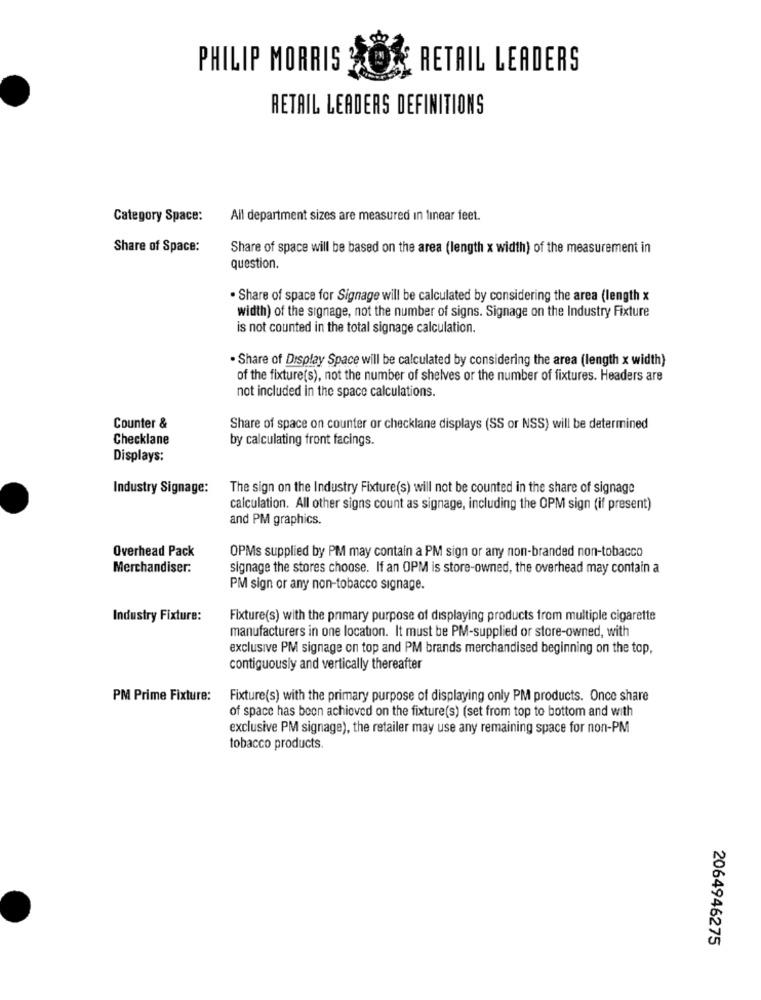
PHILIP MORRIS
RETAIL LEADERS
RETAIL LEADERS DEFINITIONS
Category Space:
All department sizes are measured in linear feet.
Share of Space:
Share of space will be based on the area (length x width) of the measurement in
question.
· Share of space for Signage will be calculated by considering the area (length x
width) of the signage, not the number of signs. Signage on the Industry Fixture
is not counted in the total signage calculation.
. Share of Display Space will be calculated by considering the area (length x width)
of the fixture(s), not the number of shelves or the number of fixtures. Headers are
not included in the space calculations.
Counter &
Share of space on counter or checklane displays (SS or NSS) will be determined
Checklane
by calculating front facings.
Displays:
Industry Signage:
The sign on the Industry Fixture(s) will not be counted in the share of signage
calculation. All other signs count as signage, including the OPM sign (if present)
and PM graphics.
Overhead Pack
OPMs supplied by PM may contain a PM sign or any non-branded non-tobacco
Merchandiser:
signage the stores choose. If an OPM is store-owned, the overhead may contain a
PM sign or any non-tobacco signage.
Industry Fixture:
Fixture(s) with the primary purpose of displaying products from multiple cigarette
manufacturers in one location. It must be PM-supplied or store-owned, with
exclusive PM signage on top and PM brands merchandised beginning on the top,
contiguously and vertically thereafter
PM Prime Fixture:
Fixture(s) with the primary purpose of displaying only PM products. Once share
of space has been achieved on the fixture(s) (set from top to bottom and with
exclusive PM signage), the retailer may use any remaining space for non-PM
tobacco products.
2064946275